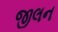
જીલન